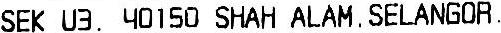
SEK U3. 40150 SHAH ALAM, SELANGOR.